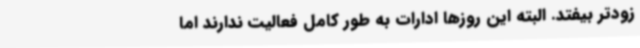
زودتر بیفتد. البته این روزها ادارات به طور کامل فعالیت ندارند اما